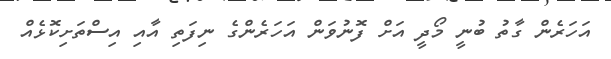
އަހަރެން ގާތު ބުނީ މޯދީ އަށް ފޮނުވަން އަހަރެންގެ ނިފަތި އާއި އިސްތަށިކޮޅެއް